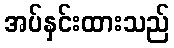
အပ်နှင်းထားသည်